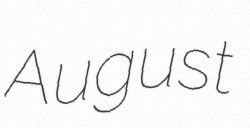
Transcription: August